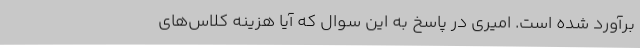
برآورد شده ‌است. امیری در پاسخ به این سوال که آیا هزینه‌ کلاس‌های